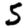
Digit: 5